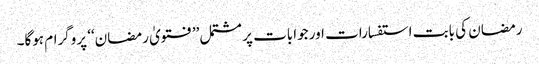
رمضان کی بابت استفسارات اور جوابات پر مشتمل ’’فتویٰ رمضان‘‘ پروگرام ہوگا۔